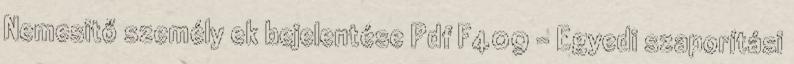
Nemesitő személy ek bejelentése Pdf F409 - Egyedi szaporítási